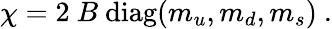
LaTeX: \chi=2\ B\ \mathrm{diag}(m_{u},m_{d},m_{s})\ .